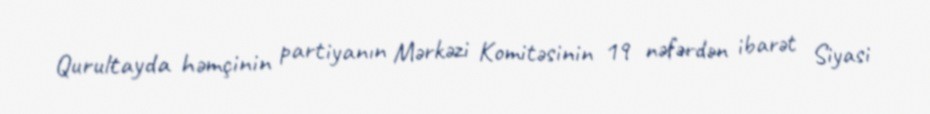
Qurultayda həmçinin partiyanın Mərkəzi Komitəsinin 19 nəfərdən ibarət Siyasi